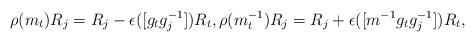
LaTeX: \begin{align*}\rho(m_t)R_j = R_j - \epsilon([g_t g_j^{-1}])R_t, \rho(m_t^{-1})R_j =R_j + \epsilon([m^{-1}g_t g_j^{-1}])R_t,\end{align*}